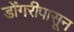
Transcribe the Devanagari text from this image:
डोंगरीपासून